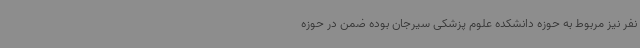
نفر نیز مربوط به حوزه دانشکده علوم پزشکی سیرجان بوده ضمن در حوزه